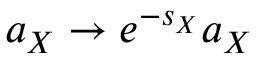
a _ { X } \to e ^ { - s _ { X } } a _ { X }